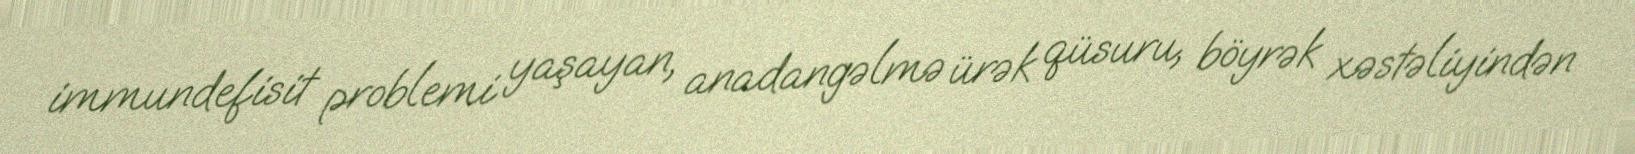
immundefisit problemi yaşayan, anadangəlmə ürək qüsuru, böyrək xəstəliyindən